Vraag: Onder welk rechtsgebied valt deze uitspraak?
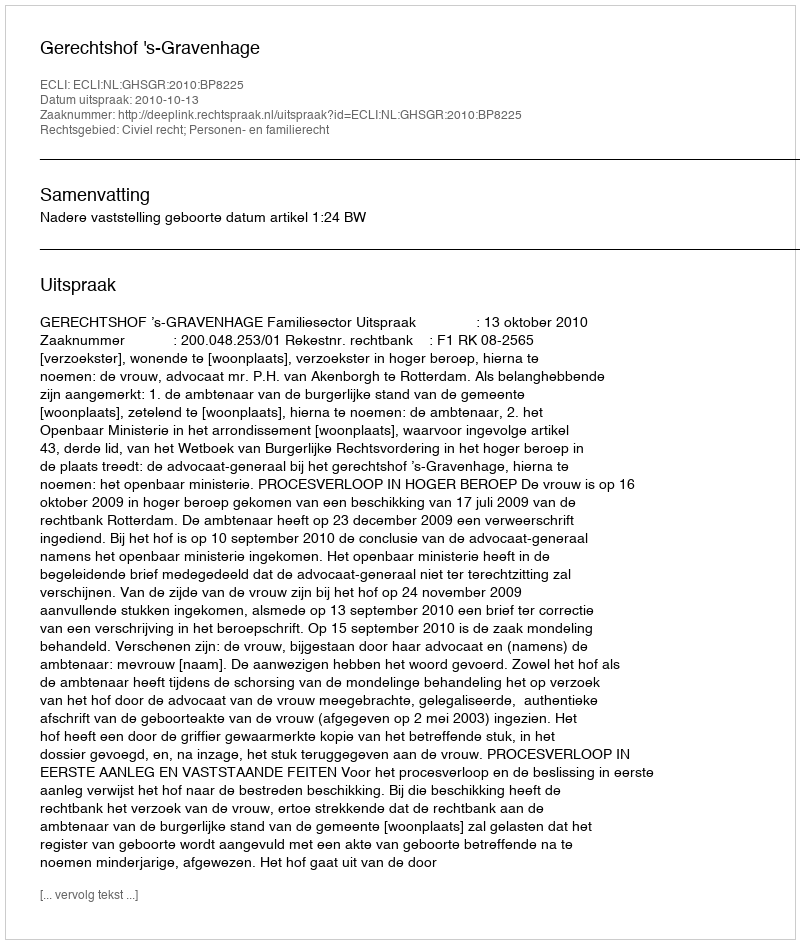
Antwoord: Civiel recht; Personen- en familierecht